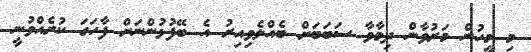
މި މީހުން މަރުވާން ދިމާވާ ސަބަބަށް ބެއްލެވިއިރު އެ ބޭފުޅުންނަށް ފާހަގަ ކުރެއްވުނީ